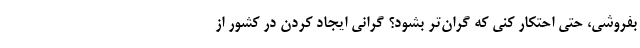
بفروشی، حتی احتکار کنی که گران‌تر بشود؟ گرانی ایجاد کردن در کشور از